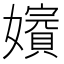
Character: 𡣑